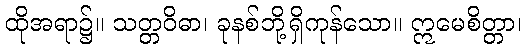
ထိုအရာ၌။ သတ္တဝိဓာ၊ ခုနစ်ဘို့ရှိကုန်သော။ ဣမေစိတ္တာ၊